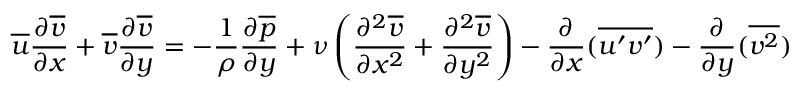
{ \overline { { u } } } { \frac { \partial { \overline { { v } } } } { \partial x } } + { \overline { { v } } } { \frac { \partial { \overline { { v } } } } { \partial y } } = - { \frac { 1 } { \rho } } { \frac { \partial { \overline { { p } } } } { \partial y } } + \nu \left( { \frac { \partial ^ { 2 } { \overline { { v } } } } { \partial x ^ { 2 } } } + { \frac { \partial ^ { 2 } { \overline { { v } } } } { \partial y ^ { 2 } } } \right) - { \frac { \partial } { \partial x } } ( { \overline { { u ^ { \prime } v ^ { \prime } } } } ) - { \frac { \partial } { \partial y } } ( { \overline { { v ^ { 2 } } } } )